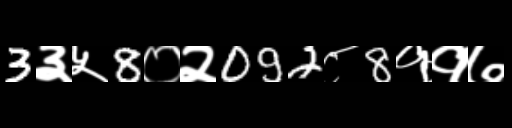
Text: 3३५8०२092८8११७